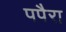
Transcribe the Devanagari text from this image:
पपैरा